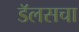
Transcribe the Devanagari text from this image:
डॅलसचा